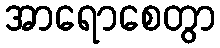
အာရောစေတွာ